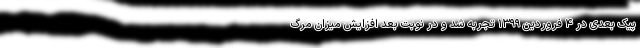
پیک بعدی در ۴ فروردین ۱۳۹۹ تجربه شد و در نوبت بعد افزایش میزان مرگ